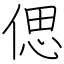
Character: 偲